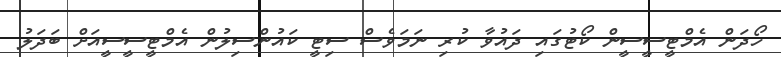
ހޯދަން އެމްޓީސީސީން ކޯޓުގައި ދައުވާ ކުރި ނަމަވެސް ސިޓީ ކައުންސިލުން އެމްޓީސީސީއަށް ބަދަލު